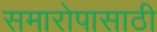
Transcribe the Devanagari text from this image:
समारोपासाठी